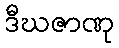
ဒီဃဇာဏု